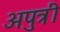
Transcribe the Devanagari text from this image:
अपुत्री